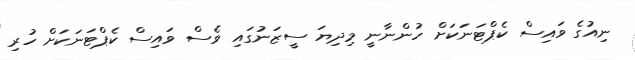
ނިއުގެ ވައިސް ކެޕްޓަނަކަށް ހުންނާނީ މިދިޔަ ސީޒަނުގައި ވެސް ވައިސް ކެޕްޓަނަކަށް ހުރި